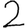
Digit: 2